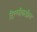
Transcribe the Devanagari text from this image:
दिल्लीकडील